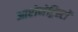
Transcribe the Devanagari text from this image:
आप्टोनेट्रिस्टों